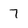
Character: 7